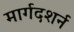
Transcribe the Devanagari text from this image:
मार्गदशर्न